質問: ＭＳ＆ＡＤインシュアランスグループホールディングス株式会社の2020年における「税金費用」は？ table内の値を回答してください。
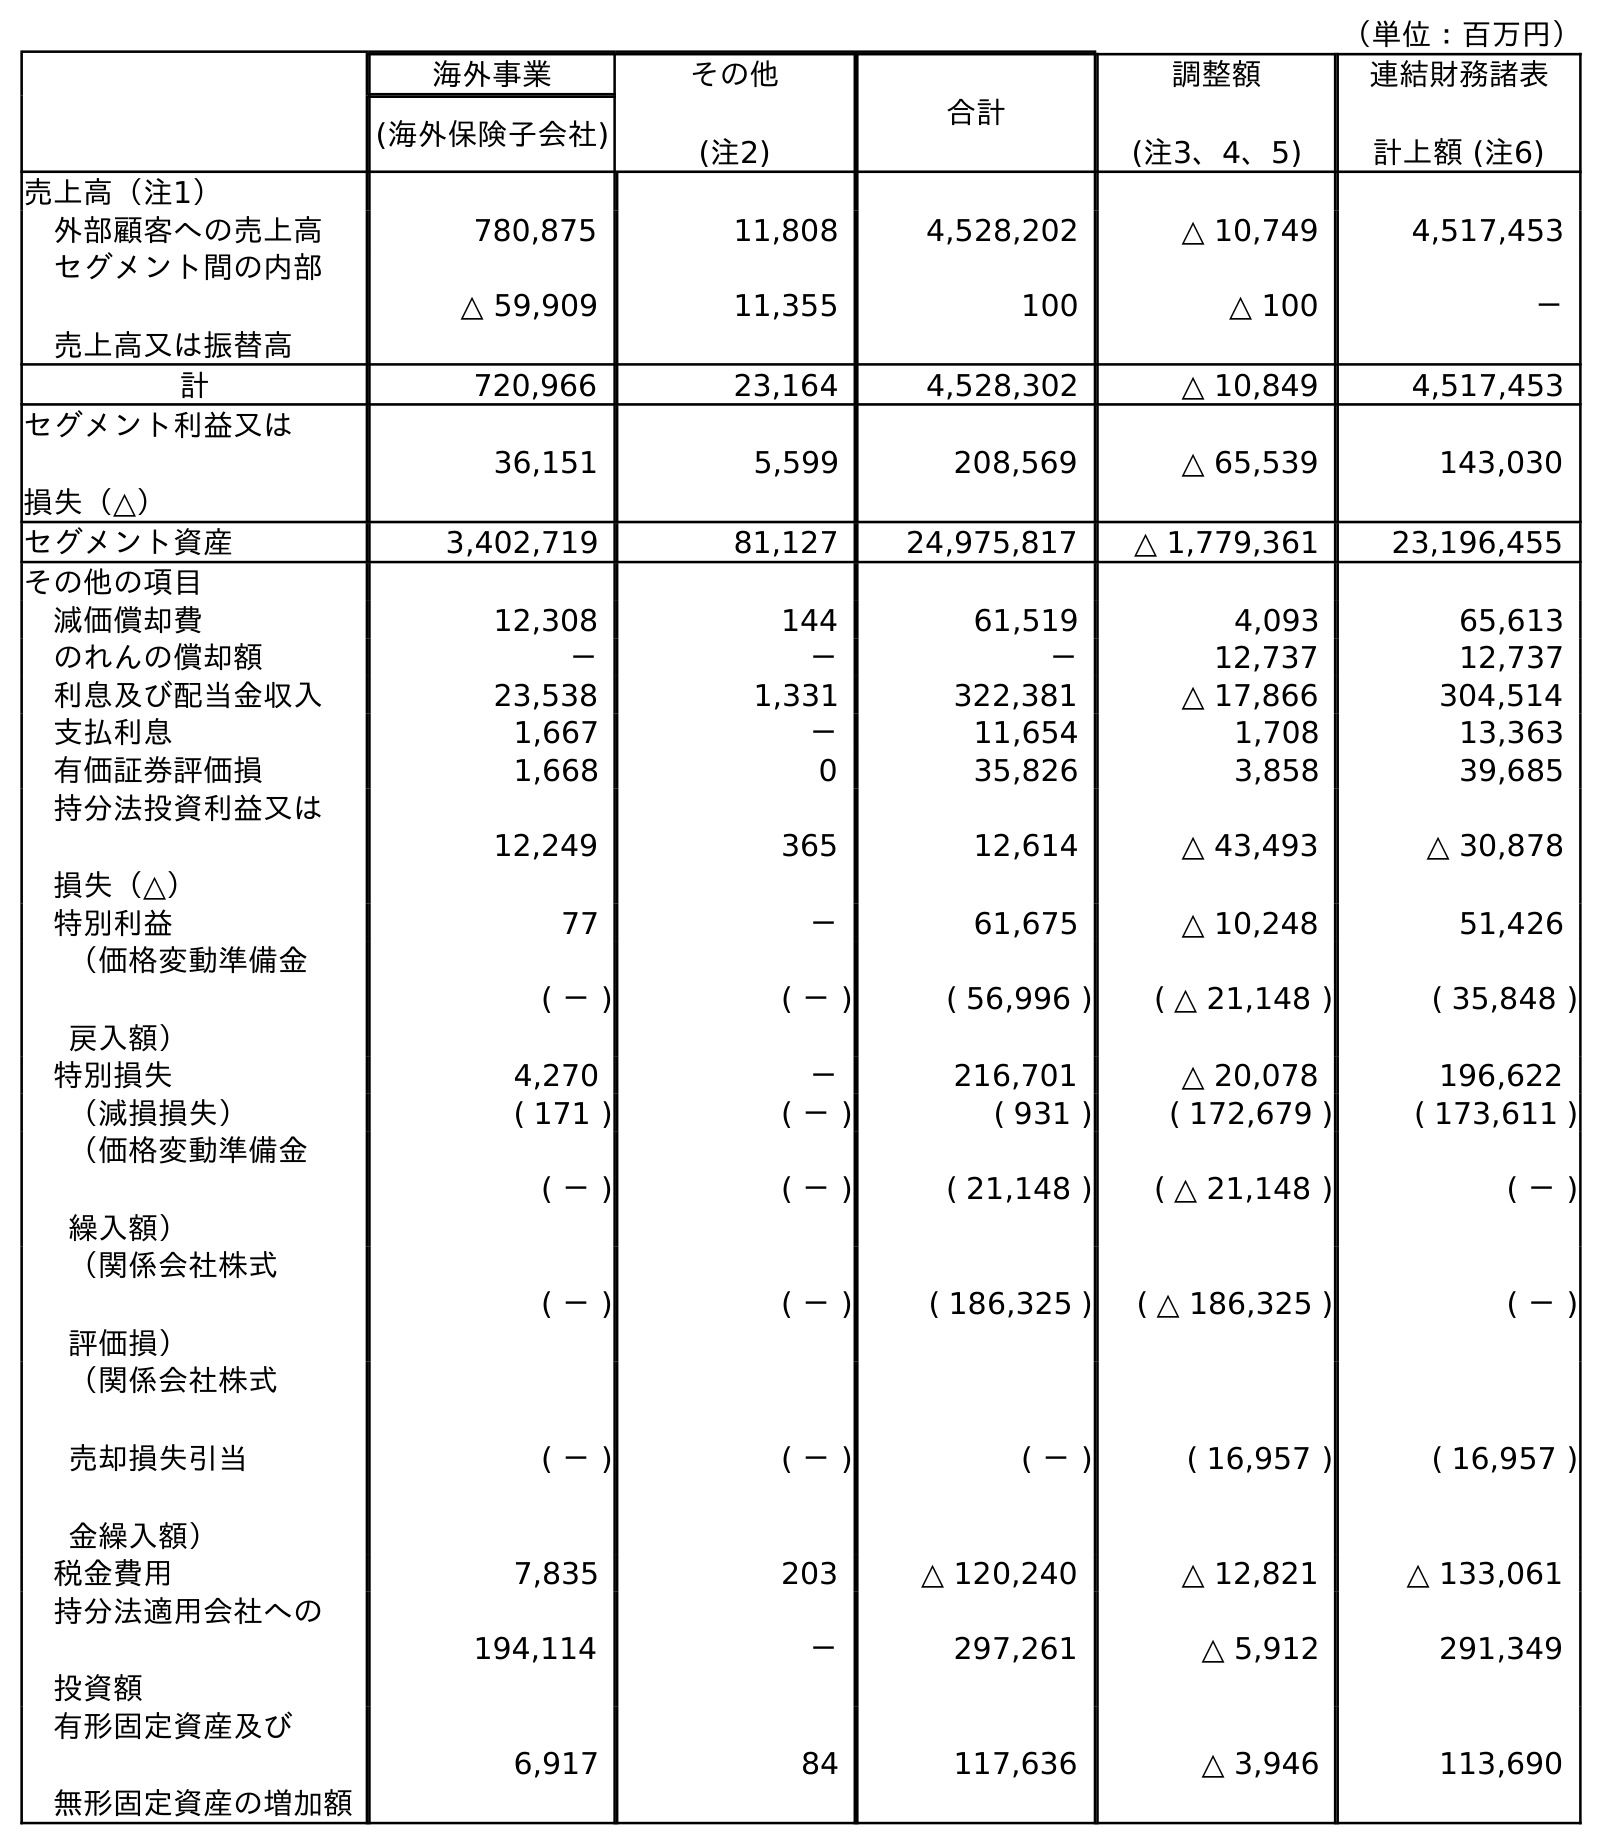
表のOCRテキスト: （単位：百万円） 海外事業 その他 (注2) 合計 調整額 (注3、4、5) 連結財務諸表 計上額 (注6) (海外保険子会社) 売上高（注1） 外部顧客への売上高 780,875 11,808 4,528,202 △ 10,749 4,517,453 セグメント間の内部 売上高又は振替高 △ 59,909 11,355 100 △ 100 － 計 720,966 23,164 4,528,302 △ 10,849 4,517,453 セグメント利益又は 損失（△） 36,151 5,599 208,569 △ 65,539 143,030 セグメント資産 3,402,719 81,127 24,975,817 △ 1,779,361 23,196,455 その他の項目 減価償却費 12,308 144 61,519 4,093 65,613 のれんの償却額 － － － 12,737 12,737 利息及び配当金収入 23,538 1,331 322,381 △ 17,866 304,514 支払利息 1,667 － 11,654 1,708 13,363 有価証券評価損 1,668 0 35,826 3,858 39,685 持分法投資利益又は 損失（△） 12,249 365 12,614 △ 43,493 △ 30,878 特別利益 77 － 61,675 △ 10,248 51,426 （価格変動準備金 戻入額） ( － ) ( － ) ( 56,996 ) ( △ 21,148 ) ( 35,848 ) 特別損失 4,270 － 216,701 △ 20,078 196,622 （減損損失） ( 171 ) ( － ) ( 931 ) ( 172,679 ) ( 173,611 ) （価格変動準備金 繰入額） ( － ) ( － ) ( 21,148 ) ( △ 21,148 ) ( － ) （関係会社株式 評価損） ( － ) ( － ) ( 186,325 ) ( △ 186,325 ) ( － ) （関係会社株式 売却損失引当 金繰入額） ( － ) ( － ) ( － ) ( 16,957 ) ( 16,957 ) 税金費用 7,835 203 △ 120,240 △ 12,821 △ 133,061 持分法適用会社への 投資額 194,114 － 297,261 △ 5,912 291,349 有形固定資産及び 無形固定資産の増加額 6,917 84 117,636 △ 3,946 113,690
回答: △133,061